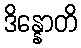
ဒိန္နောတိ